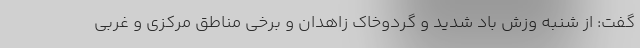
گفت: از شنبه وزش باد شدید و گردوخاک زاهدان و برخی مناطق مرکزی و غربی